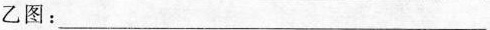
乙图：___